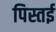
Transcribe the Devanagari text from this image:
पिस्तई